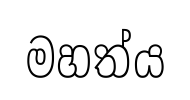
මහත්ය